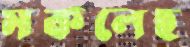
মকলেছ